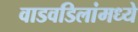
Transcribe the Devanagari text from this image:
वाडवडिलांमध्ये